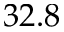
3 2 . 8